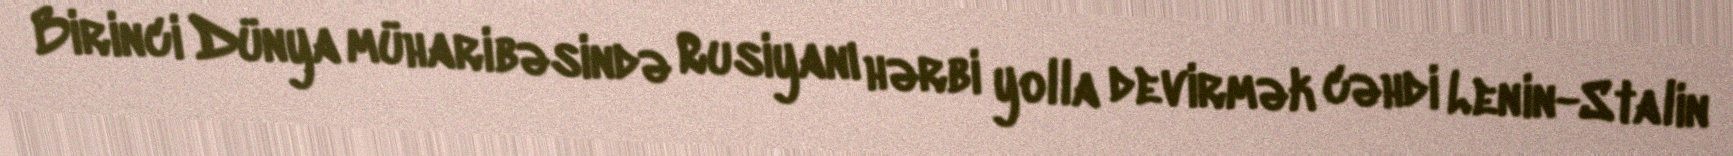
Birinci Dünya müharibəsində Rusiyanı hərbi yolla devirmək cəhdi Lenin-Stalin